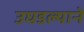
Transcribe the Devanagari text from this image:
उघडल्याने